Lunatic asylums Burma 1907-21 - 1907-1921
Year: 1907
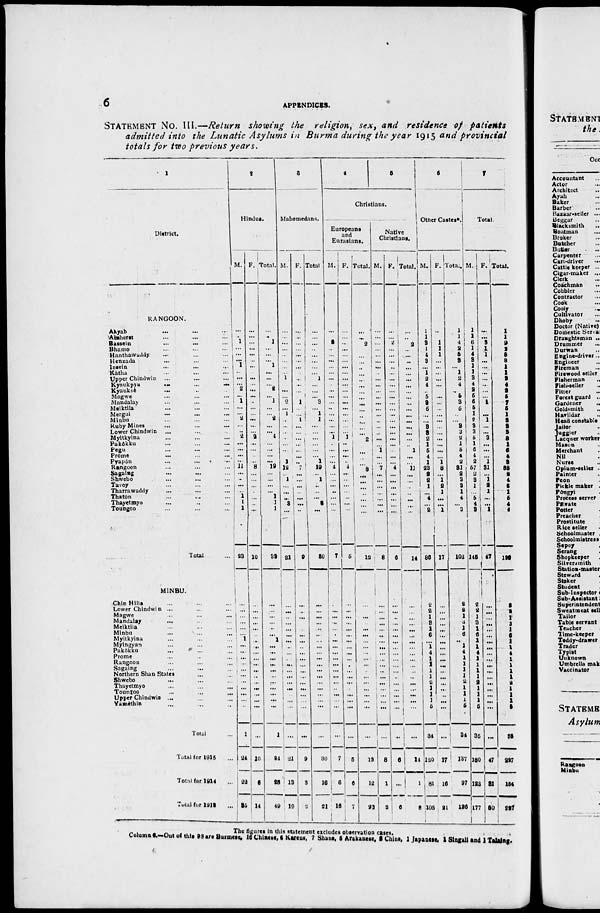
6
APPENDICES.
STATEMENT No. III.—Return showing the religion, sex, and residence of patients
admitted into the Lunatic Asylums in Burma during the year 1915 and provincial
totals for two previous years.
1
District.
RANGOON.
Akyab
...
...
...
Amherst ... ... ...
Bassein
...
...
...
Bhamo ... ... ...
Hanthawaddy ... ... ...
Henzada ... ... ...
Insein ... ... ...
Katha ... ... ...
Upper Chindwin ... ... ...
Kyaukpy
...
...
...
Kyauksè ... ... ...
Magwe ... ... ...
Mandalay ... ... ...
Meiktila ... ... ...
Mergui ... ... ...
Minbu ... ... ...
Ruby Mines ... ... ...
Lower Chindwin ... ... ...
Myitkyina ... ... ...
Pakôkku ... ... ...
Pegu ... ... ...
Prome ... ... ...
Pyapôn ... ... ...
Rangoon ... ... ...
Sagaing
...
...
...
Shwebo ... ... ...
Tavoy ... ... ...
Tharrawaddy ... ... ...
Thatôn ... ... ...
Thayetmyo ... ... ...
Toungoo ... ... ...
Total ...
MINBU.
Chin Hills
Lower Chindwin ... ... ...
Magwe ... ... ...
Mandalay ... ... ...
Meiktila ... ... ...
Minbu ... ... ...
Myitkyina ... ... ...
Myingyan ... ... ...
Pakôkku ... ... ...
Prome ... ... ...
Rangoon ... ... ...
Sagaing ... ... ...
Northern Shan States ... ... ...
Shwebo ... ... ...
Thayetmyo ... ... ...
Toungoo ... ... ...
Upper Chindwin ... ... ...
Yamèthin ... ... ...
Total ...
Total for 1915 ...
Total for 1914 ...
Total for 1913 ...
2
Hindus.
M.
...
...
1
...
...
...
1
...
...
...
2
...
1
...
...
2
...
..
2
...
...
...
...
11
...
..
...
...
1
1
1
23
...
...
...
...
...
...
1
...
...
...
...
...
...
...
...
...
...
...
1
24
22
35
F.
...
...
...
...
...
...
...
...
...
...
...
...
...
...
...
...
...
...
2
...
...
...
...
8
...
...
...
...
...
...
...
10
...
...
...
...
...
...
...
...
...
...
...
...
...
...
...
...
...
...
...
10
6
14
Total.
...
...
1
...
...
...
1
...
...
...
2
...
1
...
...
2
...
...
4
...
...
...
...
19
...
...
...
...
1
1
1
33
...
...
...
...
...
...
1
...
...
...
...
...
...
...
...
...
...
...
1
24
28
49
3
Mahomedans.
M.
...
...
...
...
...
...
...
...
1
...
...
...
2
...
1
..
...
...
...
...
...
...
1
12
...
1
...
...
...
3
...
21
...
...
...
...
...
...
...
...
...
...
...
...
...
...
...
...
...
...
...
21
13
19
F.
...
...
...
...
...
...
...
...
...
...
...
...
1
...
...
1
...
...
...
...
...
...
..
7
...
...
... ...
...
...
...
9
...
...
...
...
...
...
...
...
...
...
...
...
...
...
...
...
...
...
...
9
3
2
Total.
...
...
...
..
...
...
...
...
1
...
...
...
3
...
1
1
...
...
...
...
...
...
1
19
...
1
..
...
...
3
...
30
...
...
...
...
...
...
...
...
...
...
...
...
...
...
...
...
...
...
...
30
16
21
4
5
Christians.
Europeans
and
Eurasians.
M.
...
...
2
..
...
...
...
...
...
...
...
...
...
..
...
...
...
...
1
..
...
...
...
4
...
...
...
..
...
...
...
7
...
...
...
...
...
...
...
...
...
...
...
...
...
...
...
...
...
...
...
7
6
16
F.
...
...
..
...
...
...
...
...
...
...
...
...
...
...
...
...
...
...
1
..
...
...
..
4
...
...
...
...
..
...
...
5
...
...
...
...
...
...
...
...
...
...
...
...
...
...
...
...
...
...
...
5
6
7
Total.
...
...
2
...
...
...
...
...
... ...
...
...
...
...
...
...
...
...
2
...
...
...
...
8
...
...
...
...
...
...
...
12
...
...
...
...
...
...
...
...
...
...
...
...
...
...
...
...
...
...
...
12
12
23
Native
Christians.
M.
...
...
...
...
...
...
...
...
...
...
...
...
...
...
...
..
...
...
...
...
1
...
...
7
...
...
...
...
...
...
...
8
...
...
...
...
...
...
...
...
...
...
...
...
...
...
...
...
...
...
...
8
1
2
F.
...
...
2
...
...
...
..
...
...
...
...
...
...
...
...
...
...
...
...
...
..
...
...
4
...
...
...
...
...
...
...
6
...
...
...
...
...
...
...
...
...
...
...
...
...
...
...
...
...
...
...
6
...
6
Total.
...
...
2
...
...
...
...
...
...
...
...
...
...
...
...
...
...
...
...
..
1
...
...
11
...
...
...
...
...
...
...
14
...
...
...
...
...
...
...
...
...
...
...
...
...
...
...
...
...
...
...
14
1
8
6
Other Castes*.
M.
1
1
3
1
4
3
...
1
2
4
...
5
3
5
...
...
3
3
2
1
5
4
1
23
2
2
1
...
4
...
2
86
2
2
1
3
1
6
...
1
4
1
1
1
1
2
1
1
1
5
34
120
81
105
F.
...
...
1
1
1
...
...
...
...
...
...
...
...
...
...
...
...
...
...
...
...
...
1
8
...
1
2
1
...
...
1
17
...
...
...
...
...
...
...
...
...
...
...
...
...
...
...
...
...
...
...
17
16
21
Total.
1
1
4
2
5
3
...
1
2
4
..
5
3
5
...
...
3
3
2
1
5
4
2
31
2
3
3
1
4
...
3
103
2
2
1
3
1
6
...
1
4
1
1
1
1
2
1
1
1
5
34
137
97
126
7
Total.
M.
1
1
6
1
4
3
1
1
3
4
2
5
6
5
1
2
3
3
5
1
6
4
2
57
2 3
1
...
5
4
3
145
2
2
1
3
1
6
1
1
4
1
1
1
1
2
1
1
1
5
35
180
123
177
F.
...
...
3
1
1
...
...
...
...
...
...
...
1
...
...
1
...
...
3
...
...
...
1
31
...
1
2 1
...
...
1
47
...
...
...
...
...
...
...
...
...
...
...
...
...
...
...
...
...
...
...
47
31
50
Total.
1
...
9
2
5
3
1
1
3
4
2
5
7
5
1
3
3
3
8
1
6
4
3
88
2
4
3
1
5
4
4
192
2
2
1
3
1
6
1
1
4
1
1
1
1
2
1
1
1
5
35
227
154
237
The figures in this statement excludes observation cases.
Column 6.—Out of this 98 are Burmese, 16 Chinese, 6 Karens, 7 Shans, 5 Arakanese, 2 Chins, 1 Japanese, 1 Singali and 1 Talaing.